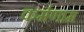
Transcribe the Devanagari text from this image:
कर्मणाम